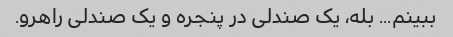
ببینم... بله، یک صندلی در پنجره و یک صندلی راهرو.